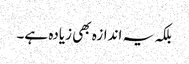
بلکہ یہ اندازہ بھی زیادہ ہے۔